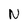
Character: N